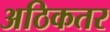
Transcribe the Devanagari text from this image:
अठिकतर